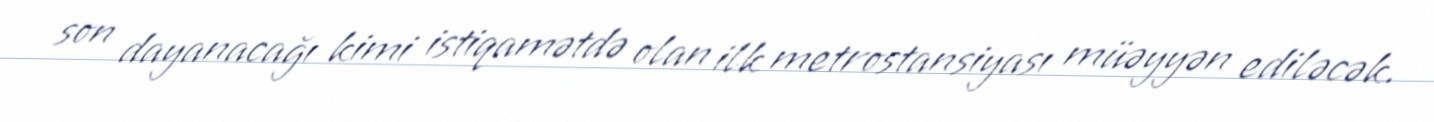
son dayanacağı kimi istiqamətdə olan ilk metrostansiyası müəyyən ediləcək.